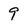
Character: 9